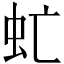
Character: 虻